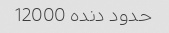
حدود دنده 12000